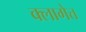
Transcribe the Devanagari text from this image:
क्लागेत्त